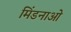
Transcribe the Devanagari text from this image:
मिंडनाओ